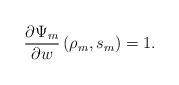
LaTeX: \begin{align*} \frac{\partial \Psi_{m}}{\partial w} \left( {\rho_{m}, s_{m}} \right) & = 1 .\end{align*}